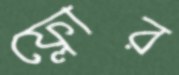
ফ্লোর